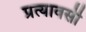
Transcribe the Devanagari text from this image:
प्रत्यावर्सी